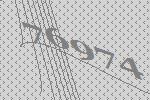
76974